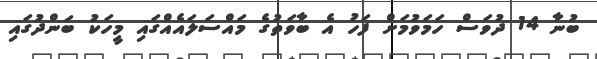
ބުނާ 14 ދުވަސް ހަމަވުމަށް ފަހުު އެ ބާވަތުގެ މައްސަލައެއްގައި މީހަކު ބަންދުގައި